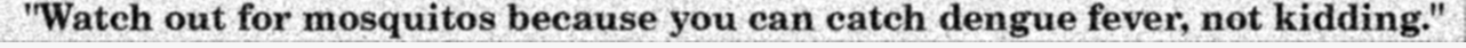
"Watch out for mosquitos because you can catch dengue fever, not kidding."